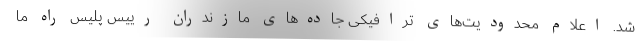
شد. اعلام محدودیت‌های‌ ترافیکی جاده‌های مازندران رییس پلیس راه ما